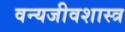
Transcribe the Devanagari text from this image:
वन्यजीवशास्त्र